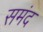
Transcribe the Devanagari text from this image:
समंद